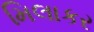
મિલાકર